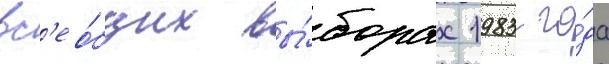
вс'ео́бщих вы́борах 1983 го́да